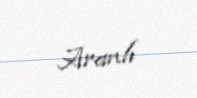
Aranlı